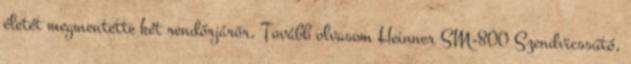
életét megmentette két rendőrjárőr, Tovább olvasom Heinner SM-800 Szendvicssütő,